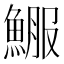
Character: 𩸤